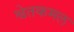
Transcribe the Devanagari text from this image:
श्वेतकमल